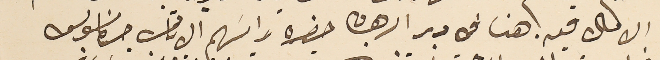
الامال فيه. هنا فى دير الرهبان حضره رايسَهم الاباتى جرمانوس